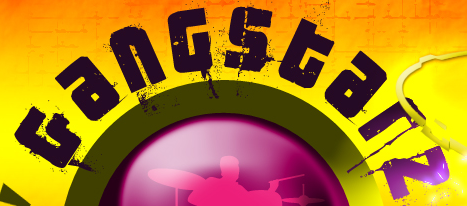
GanGStarz